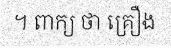
។ ពាក្យ ថា គ្រឿង